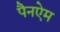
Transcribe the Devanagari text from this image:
पैनऐम